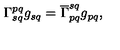
\Gamma _ { s q } ^ { p q } g _ { s q } = \overline { { \Gamma } } _ { p q } ^ { s q } g _ { p q } ,